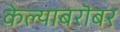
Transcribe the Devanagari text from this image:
केल्याबरॊबर